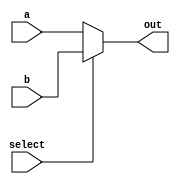
module mux32_1 (out,a,b,select);
output reg [31:0] out;
input [31:0] a,b;
input select;

initial
begin
 out=32'd0;
end

always @ (*)
begin
if(select==0)
out=a;
else
out=b;
end

endmodule